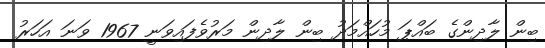
ބިން ލާދިންގެ ބައްޕަ މުހައްމަދު ބިން ލާދިން މަރުވެފައިވަނީ 1967 ވަނަ އަހަރު